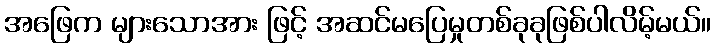
အဖြေက များသောအား ဖြင့် အဆင်မပြေမှုတစ်ခုခုဖြစ်ပါလိမ့်မယ်။